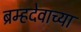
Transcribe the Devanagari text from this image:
ब्रम्हदेवाच्या